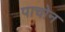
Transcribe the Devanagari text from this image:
पाचोन